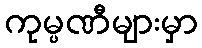
ကုမ္ပဏီများမှာ